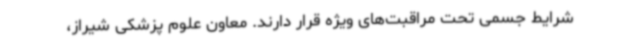
شرایط جسمی تحت مراقبت‌های ویژه قرار دارند. معاون علوم پزشکی شیراز،